Mental hospitals Bombay report 1921-28 - 1921-1928
Year: 1921
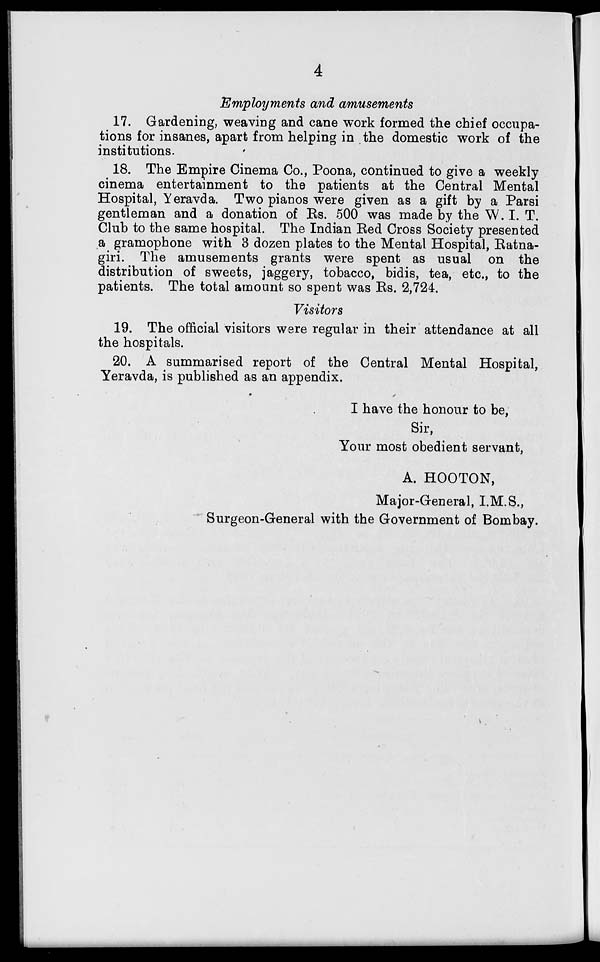
4
Employments and amusements
17. Gardening, weaving and cane work formed the chief occupa-
tions for insanes, apart from helping in the domestic work of the
institutions.
18. The Empire Cinema Co., Poona, continued to give a weekly
cinema entertainment to the patients at the Central Mental
Hospital, Yeravda. Two pianos were given as a gift by a Parsi
gentleman and a donation of Rs. 500 was made by the W.I. T.
Club to the same hospital. The Indian Red Cross Society presented
a gramophone with 3 dozen plates to the Mental Hospital, Ratna-
giri. The amusements grants were spent as usual on the
distribution of sweets, jaggery, tobacco, bidis, tea, etc., to the
patients. The total amount so spent was Rs. 2,724.
Visitors
19. The official visitors were regular in their attendance at all
the hospitals.
20. A summarised report of the Central Mental Hospital,
Yeravda, is published as an appendix.
I have the honour to be,
Sir,
Your most obedient servant,
A. HOOTON,
Major-General, I.M.S.,
Surgeon-General with the Government of Bombay.